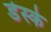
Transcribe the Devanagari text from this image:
डेस्के